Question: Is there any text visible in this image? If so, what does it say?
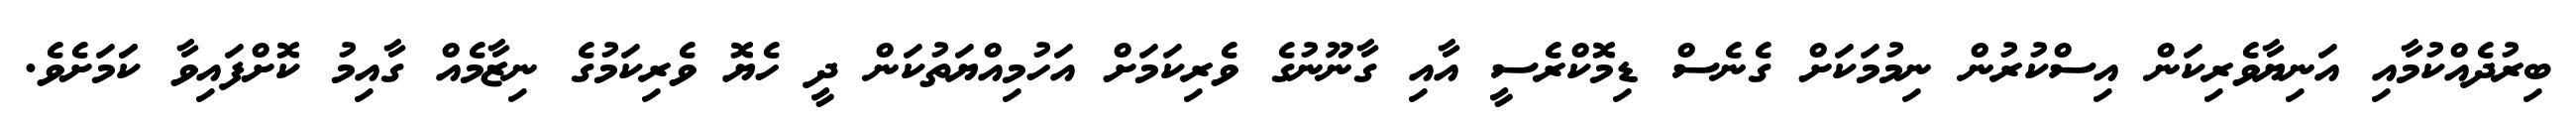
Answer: ބިރުދެއްކުމާއި އަނިޔާވެރިކަން އިސްކުރުން ނިމުމަކަށް ގެނެސް ޑިމޮކްރެސީ އާއި ގާނޫނުގެ ވެރިކަމަށް އަހުމިއްޔަތުކަން ދީ ހެޔޮ ވެރިކަމުގެ ނިޒާމެއް ގާއިމު ކޮށްފައިވާ ކަަމަށެވެ.